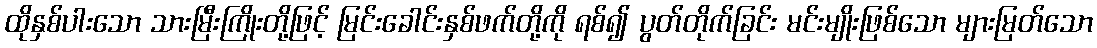
ထိုနှစ်ပါးသော သားမြီးကြိုးတို့ဖြင့် မြင်းခေါင်းနှစ်ဖက်တို့ကို ရစ်၍ ပွတ်တိုက်ခြင်း မင်းမျိုးဖြစ်သော များမြတ်သော